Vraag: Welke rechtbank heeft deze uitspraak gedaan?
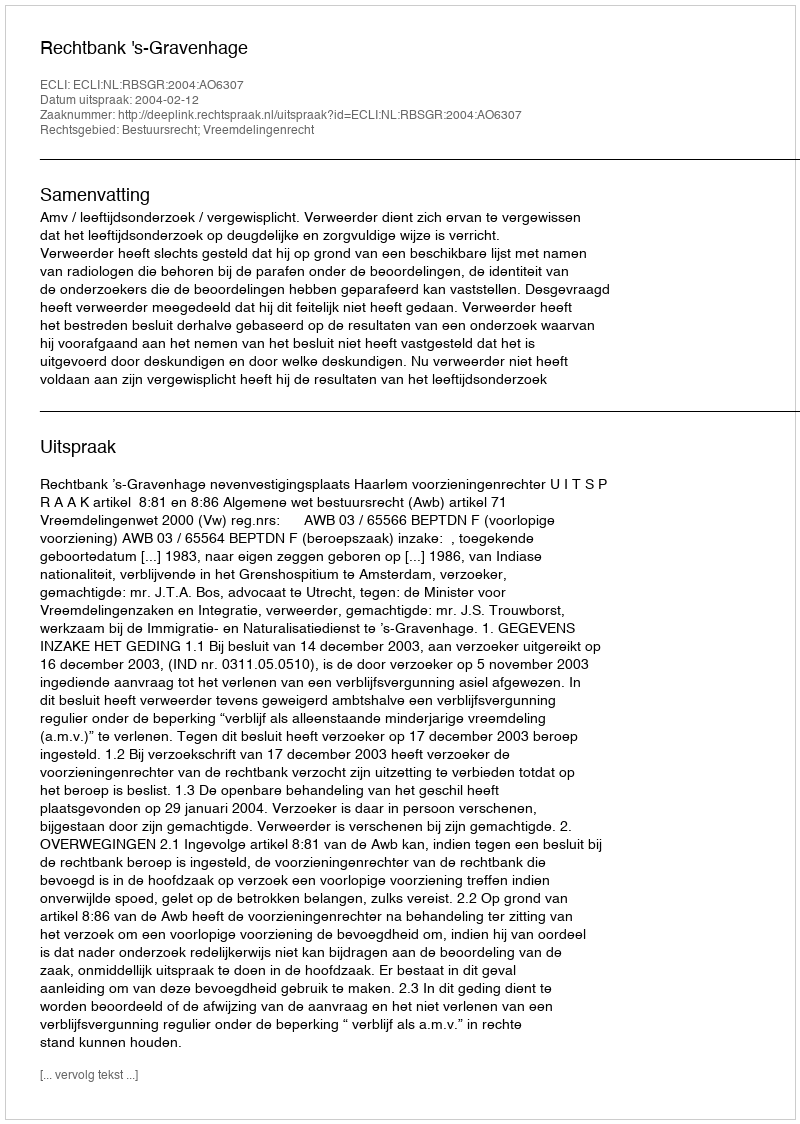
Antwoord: Rechtbank 's-Gravenhage